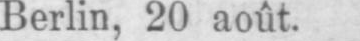
Berlin, 20 août.